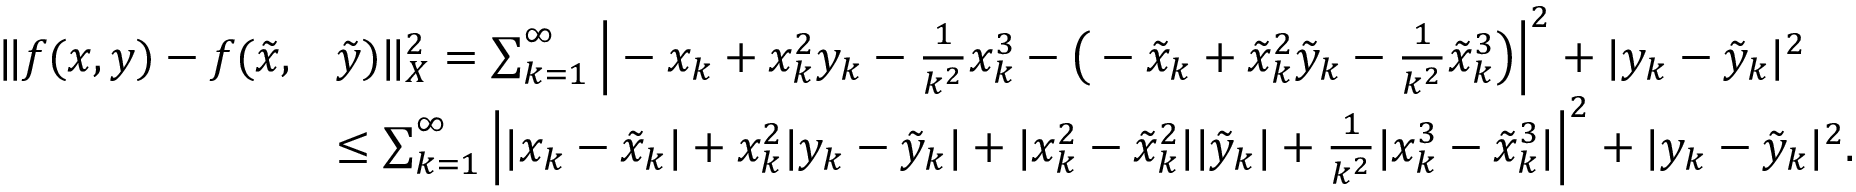
\begin{array} { r l } { \| f ( x , y ) - f ( \tilde { x } , } & { \tilde { y } ) \| _ { X } ^ { 2 } = \sum _ { k = 1 } ^ { \infty } \Big | - x _ { k } + x _ { k } ^ { 2 } y _ { k } - \frac { 1 } { k ^ { 2 } } x _ { k } ^ { 3 } - \big ( - \tilde { x } _ { k } + \tilde { x } _ { k } ^ { 2 } \tilde { y } _ { k } - \frac { 1 } { k ^ { 2 } } \tilde { x } _ { k } ^ { 3 } \big ) \Big | ^ { 2 } + | y _ { k } - \tilde { y } _ { k } | ^ { 2 } } \\ & { \le \sum _ { k = 1 } ^ { \infty } \Big | | x _ { k } - \tilde { x } _ { k } | + x _ { k } ^ { 2 } | y _ { k } - \tilde { y } _ { k } | + | x _ { k } ^ { 2 } - \tilde { x } _ { k } ^ { 2 } | | \tilde { y } _ { k } | + \frac { 1 } { k ^ { 2 } } | x _ { k } ^ { 3 } - \tilde { x } _ { k } ^ { 3 } | \Big | ^ { 2 } + | y _ { k } - \tilde { y } _ { k } | ^ { 2 } . } \end{array}